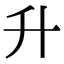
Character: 升